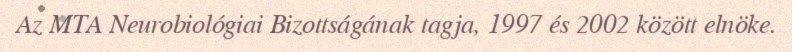
Az MTA Neurobiológiai Bizottságának tagja, 1997 és 2002 között elnöke.